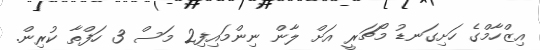
އިޒްހާމްގެ ހަށިގަނޑު މޯޗަރީ އަށް ލާން ނިންމައިފި2 މަސް 3 ހަފްތާ ކުރިން.